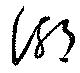
湖